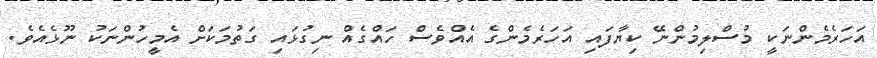
އަހަރެމެންނަކީ މުސްލިމުންނޭ ކިޔާފައި އަހަރެމެންގެ އެއްވެސް ހައްގެއް ނިގުޅައި ގަތުމަކަށް އެމީހުންނަކު ނޫޅެއެވެ.